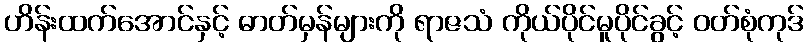
ဟိန်းထက်အောင်နှင့် ဓာတ်မှန်များကို ရာဇသံ ကိုယ်ပိုင်မူပိုင်ခွင့် ဝတ်စုံကုဒ်